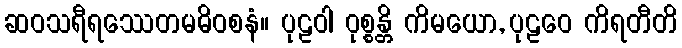
ဆဝသရီရဿေတမဓိဝစနံ။ ပုဠဝါ ဝုစ္စန္တိ ကိမယော, ပုဠဝေ ကိရတီတိ